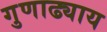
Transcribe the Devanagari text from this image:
गुणाढ्याय